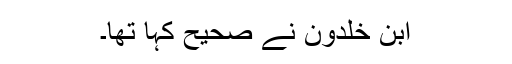
ابن خلدون نے صحیح کہا تھا۔